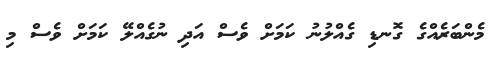
މެންބަރެއްގެ ގޮނޑި ގެއްލުނު ކަމަށް ވެސް އަދި ނުގެއްލޭ ކަމަށް ވެސް މި